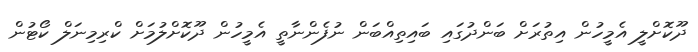
ދޫކޮށްލީ އެމީހުން އިތުރަށް ބަންދުގައި ބައިތިއްބަން ނުފެންނާތީ އެމީހުން ދޫކޮށްލުމަށް ކްރިމިނަލް ކޯޓުން